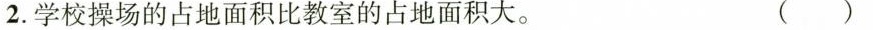
2.学校操场的占地面积比教室的占地面积大。()